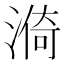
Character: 𣺈